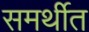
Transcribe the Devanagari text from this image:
समर्थीत